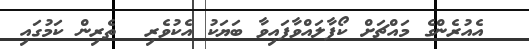
އެއުރެންގެ މައްޗަށް ކޯފާލައްވާފައިވާ ބަޔަކު އެކުވެރި  ތެރިން ކަމުގައި